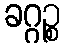
ခဂ္ဂဉ္စ